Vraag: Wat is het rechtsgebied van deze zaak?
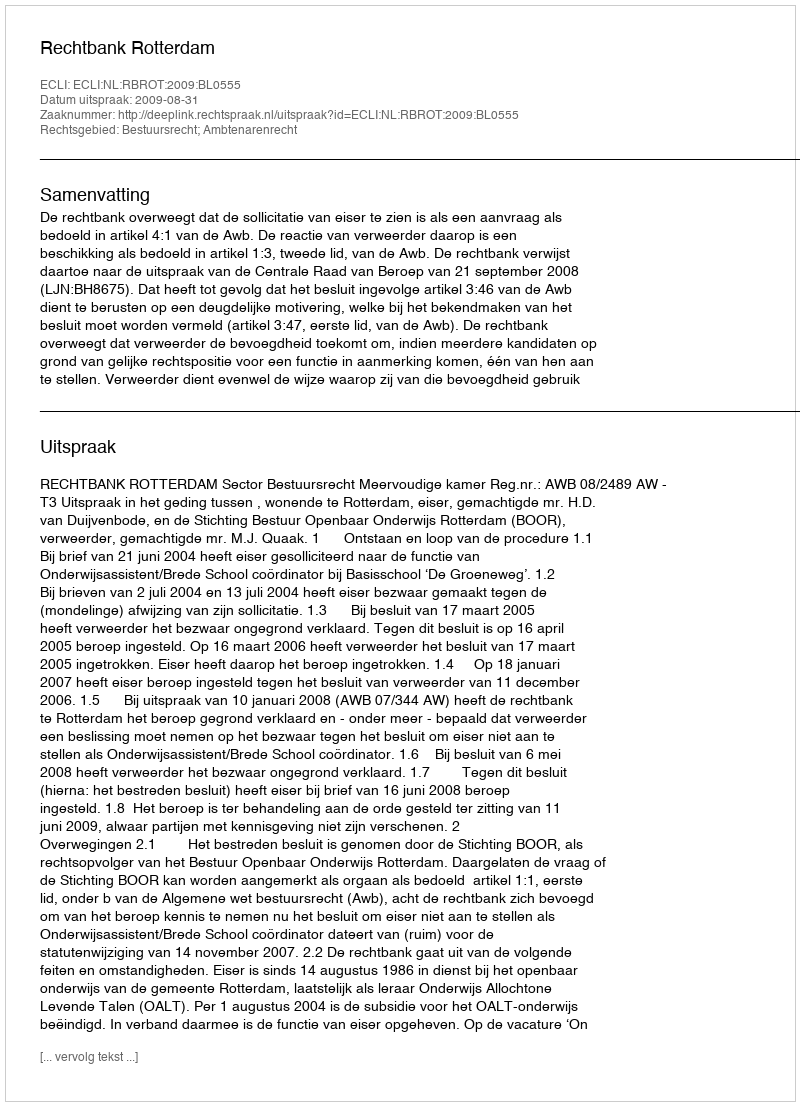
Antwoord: Bestuursrecht; Ambtenarenrecht